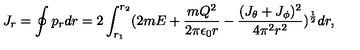
J _ { r } = \oint p _ { r } d r = 2 \int _ { r _ { 1 } } ^ { r _ { 2 } } ( 2 m E + { \frac { m Q ^ { 2 } } { 2 \pi \epsilon _ { 0 } r } } - { \frac { ( J _ { \theta } + J _ { \phi } ) ^ { 2 } } { 4 \pi ^ { 2 } r ^ { 2 } } } ) ^ { \frac { 1 } { 2 } } d r ,